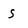
Character: S